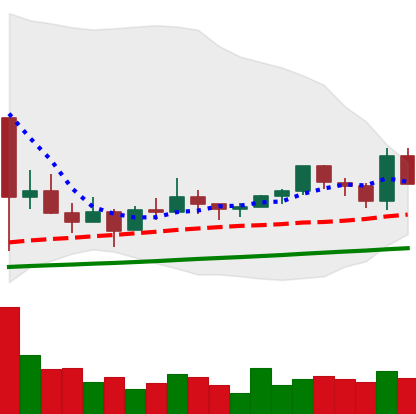
Ticker: EOS-USD
Chart end date: 2021-03-14
Forward return: 4.757%
Label: up_3_5